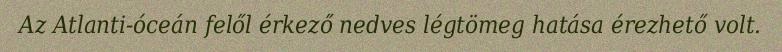
Az Atlanti-óceán felől érkező nedves légtömeg hatása érezhető volt.